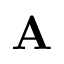
{ \bf A }